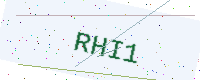
Text: RHI1